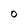
Character: O